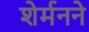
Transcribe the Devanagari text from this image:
शेर्मनने